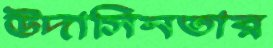
উদাসিনতার